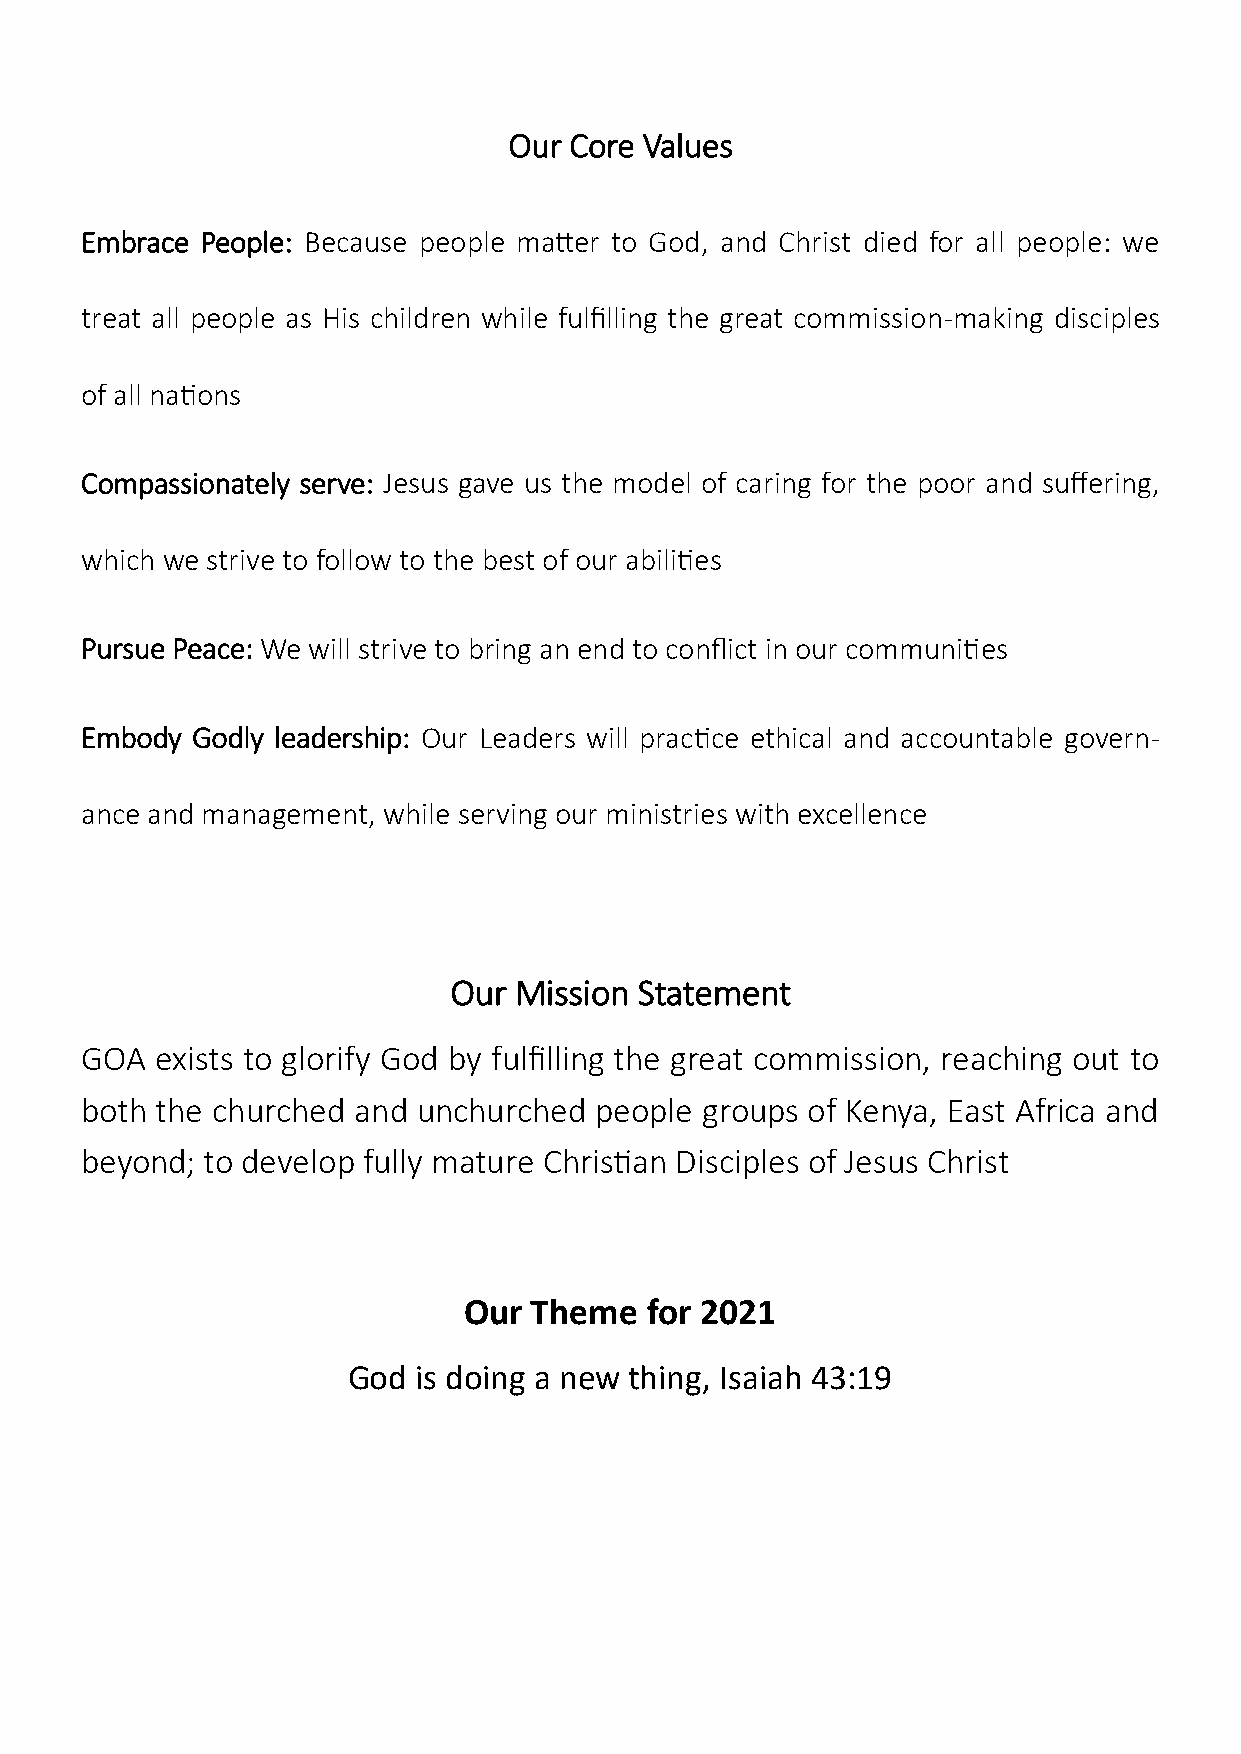
Our Core Values
 Embrace People: Because people matter to God, and Christ died for all people: we
 treat all people as His children while fulfilling the great commission-making disciples
 of all nations
 Compassionately serve: Jesus gave us the model of caring for the poor and suffering,
 which we strive to follow to the best of our abilities
 Pursue Peace: We will strive to bring an end to conflict in our communities
 Embody  Godly leadership: Our Leaders will practice ethical and accountable govern-
 ance and management, while serving our ministries with excellence
 Our Mission Statement
 GOA  exists to glorify God by fulfilling the great commission, reaching out to
 both the churched and  unchurched people groups of Kenya, East Africa and
 beyond; to develop fully mature Christian Disciples of Jesus Christ
 Our Theme   for 2021
 God  is doing a new thing, Isaiah 43:19